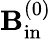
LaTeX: {\mathbf{B}}_{\mathrm{{in}}}^{(0)}